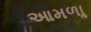
આમળાૢ